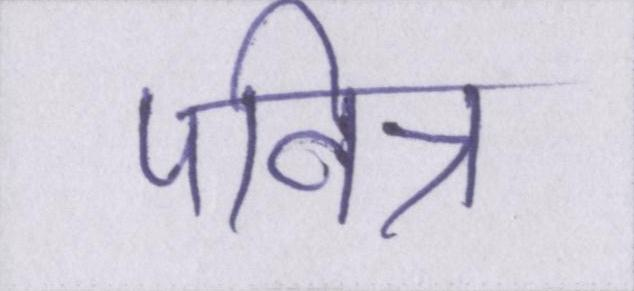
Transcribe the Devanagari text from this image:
पवित्र